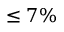
\leq 7 \%